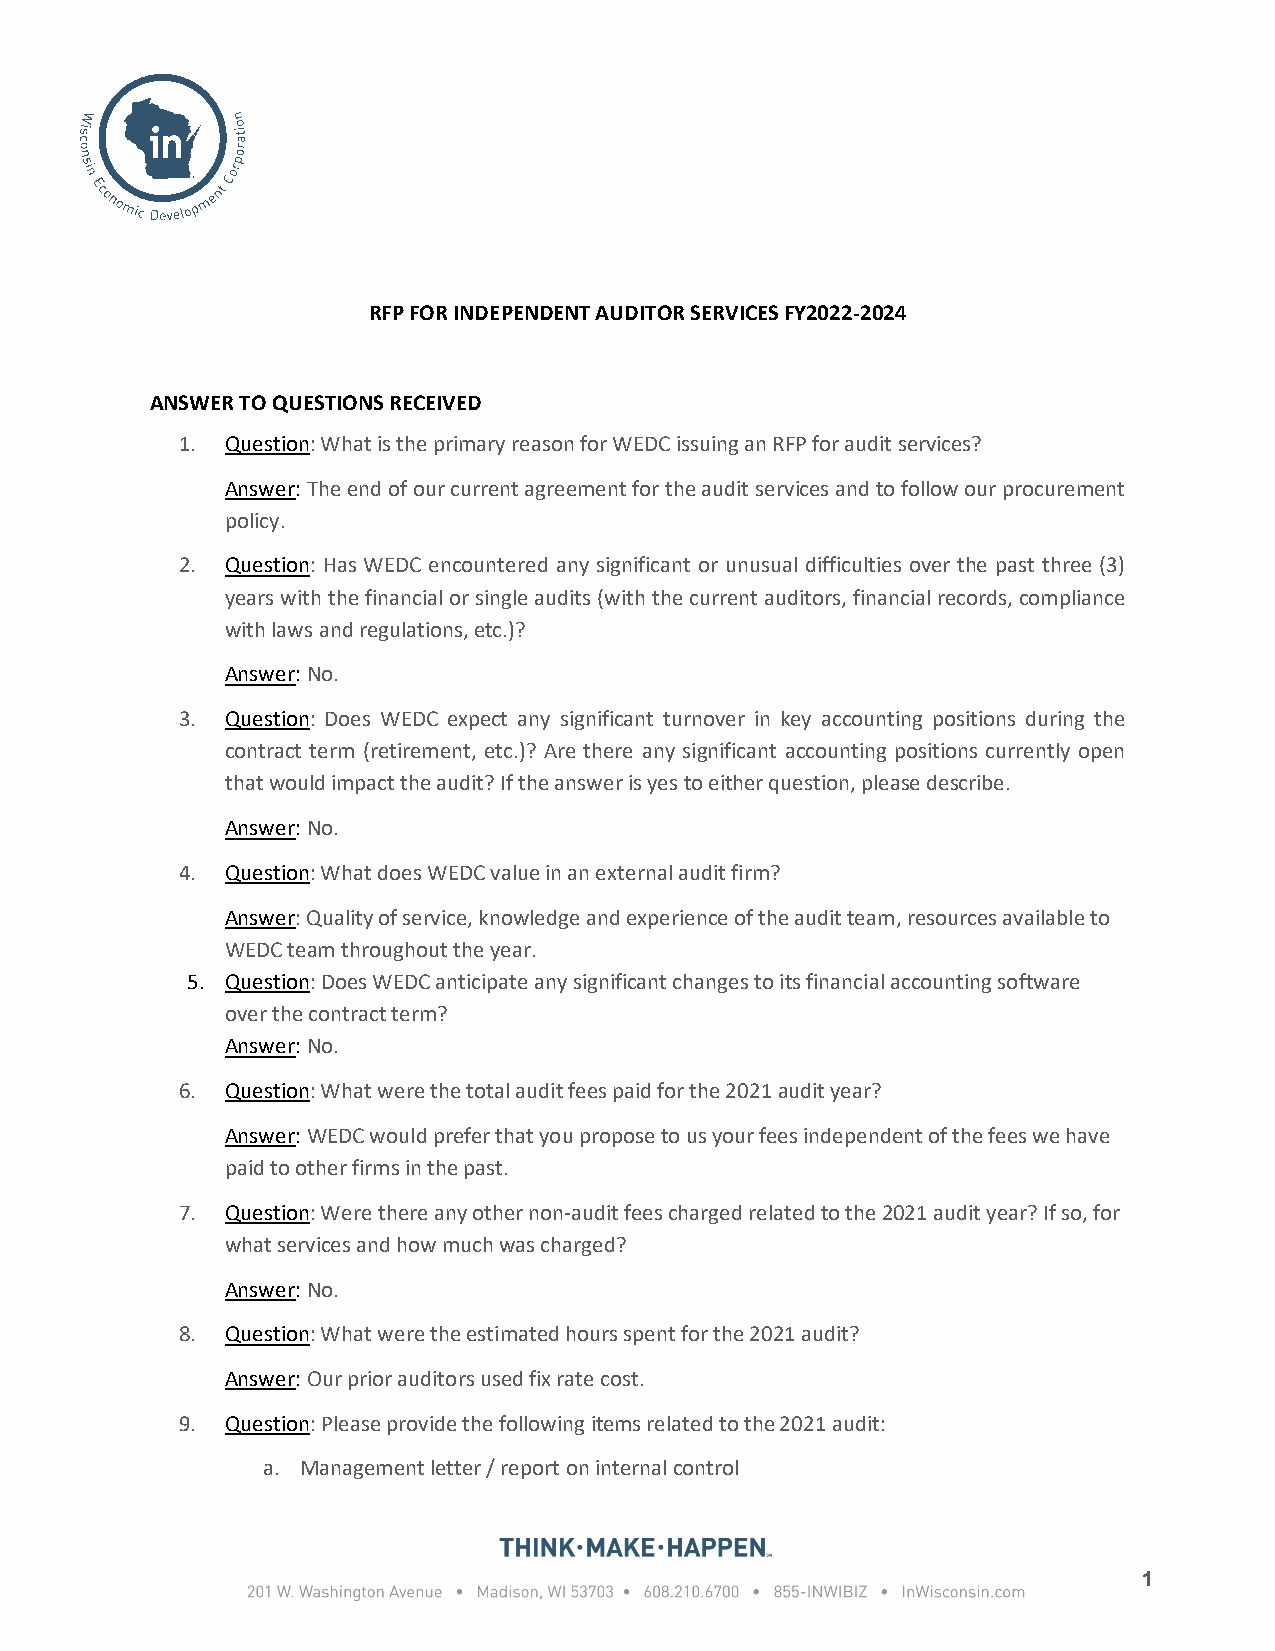
RFP FOR INDEPENDENT AUDITOR SERVICES FY2022-2024
 ANSWER TO QUESTIONS RECEIVED
 1. Question: What is the primary reason for WEDC issuing an RFP for audit services?
 Answer: The end of our current agreement for the audit services and to follow our procurement
 policy.
 2. Question: Has WEDC encountered any significant or unusual difficulties over the past three (3)
 years with the financial or single audits (with the current auditors, financial records, compliance
 with laws and regulations, etc.)?
 Answer: No.
 3. Question: Does WEDC expect any significant turnover in key accounting positions during the
 contract term (retirement, etc.)? Are there any significant accounting positions currently open
 that would impact the audit? If the answer is yes to either question, please describe.
 Answer: No.
 4. Question: What does WEDC value in an external audit firm?
 Answer: Quality of service, knowledge and experience of the audit team, resources available to
 WEDC team throughout the year.
 5. Question: Does WEDC anticipate any significant changes to its financial accounting software
 over the contract term?
 Answer: No.
 6. Question: What were the total audit fees paid for the 2021 audit year?
 Answer: WEDC would prefer that you propose to us your fees independent of the fees we have
 paid to other firms in the past.
 7. Question: Were there any other non-audit fees charged related to the 2021 audit year? If so, for
 what services and how much was charged?
 Answer: No.
 8. Question: What were the estimated hours spent for the 2021 audit?
 Answer: Our prior auditors used fix rate cost.
 9. Question: Please provide the following items related to the 2021 audit:
 a. Management letter / report on internal control
 1